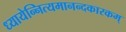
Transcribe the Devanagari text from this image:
ध्यायेन्नित्यमानन्दकारकम्